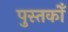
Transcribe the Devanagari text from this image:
पुस्तकोँ